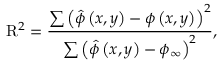
\mathrm { R } ^ { 2 } = \frac { \sum \left( \hat { \phi } \left( x , y \right) - \phi \left( x , y \right) \right) ^ { 2 } } { \sum \left( \hat { \phi } \left( x , y \right) - \phi _ { \infty } \right) ^ { 2 } } ,